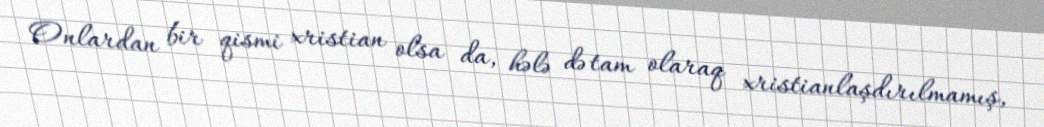
Onlardan bir qismi xristian olsa da, hələ də tam olaraq xristianlaşdırılmamış,